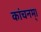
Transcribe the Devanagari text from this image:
कांचनम्।